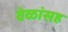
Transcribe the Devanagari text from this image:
वेळांसह